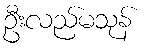
ဦးလည်မသုန်